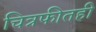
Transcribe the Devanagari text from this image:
चित्रफीतही